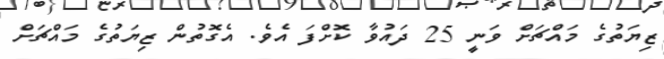
ޒިޔަތުގެ މައްޗަށް ވަނީ 25 ދައުވާ ކޮށްފަ އެވެ. އެގޮތުން ޒިޔަތުގެ މައްޗަށް